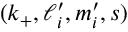
{ ( k _ { + } , \ell _ { i } ^ { \prime } , m _ { i } ^ { \prime } , \boldsymbol { s } ) }